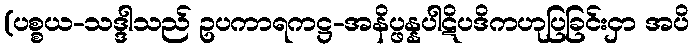
(ပစ္စယ-သဒ္ဒါသည် ဥပကာရကဋ္ဌ-အနိပ္ဖန္နပါဋိပဒိကဟုပြခြင်းငှာ အပိ